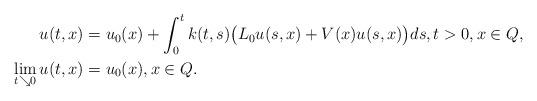
LaTeX: \begin{align*}u(t,x)&=u_0(x)+\int_0^t k(t,s)\big(L_0 u(s,x)+V(x)u(s,x) \big)ds,t>0, x\in Q,\\\lim_{t \searrow 0} u(t,x) &= u_0(x), x\in Q. \end{align*}